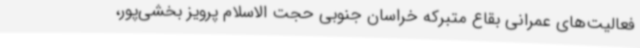
فعالیت‌های عمرانی بقاع متبرکه خراسان جنوبی حجت الاسلام پرویز بخشی‌پور،